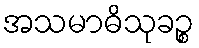
အသမာဓိသုခဉ္စ